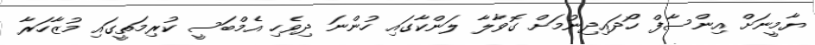
ޔާމީނަށް އިންސާފް ހޯދައިދިނުމަށް ގޮވާލާ ލަންކާގައި ހުންނަ ދިވެހި އެމްބަސީ ކުރިމަތީގައި މުޒާހަރާ